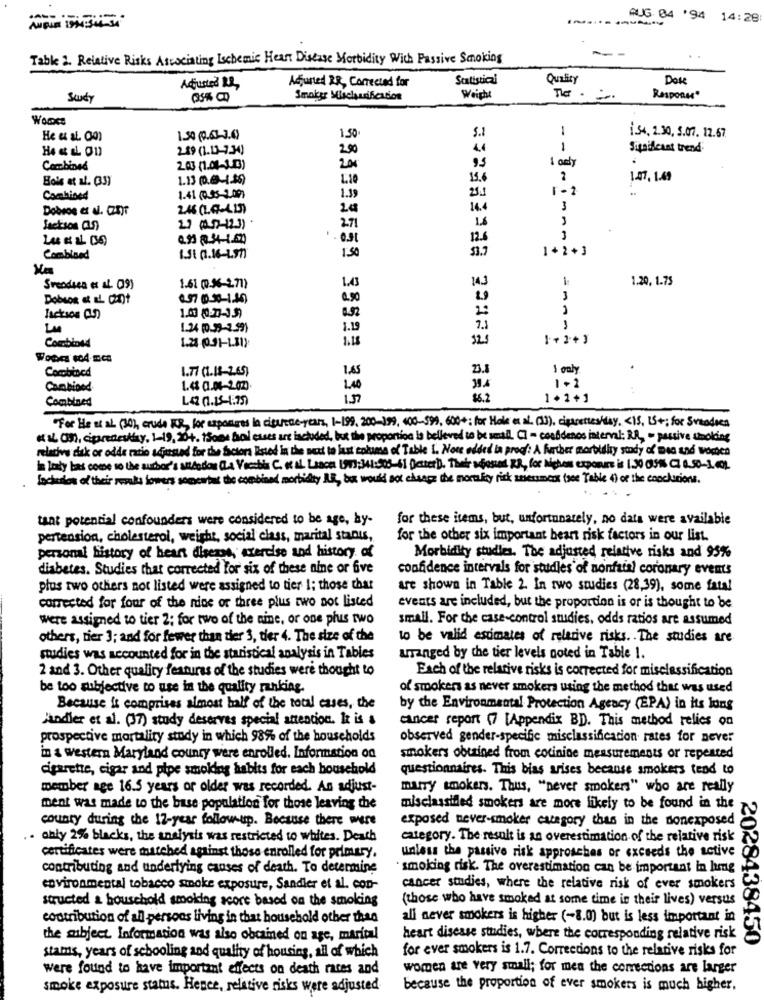
AUG 04 '94 14:28
Table 2. Relative Risks Associating Ischemic Heart Disease Morbidity With Passive Smoking
Adjuned RR, Corrected for
Statistical
Quality
Dos
Adjusted RR,
Sudy
Weight
Response"
WOODCE
1.50 (0.63-3.4)
1.50
5.1
1.54. 2.30, 5.07. 12.67.
2.49 (1.13-7.34)
290
4.4
--
Significant trend
Combined
2.03 (1.04-1.13)
201
93
Bois at al. (33)
1.13 (0.6-1.30)
1.10
15.6
1.47. 1.49
Combined
1.41 (0.35-2.09)
1.39
25.1
Dobroe et al. Cztyr
2a
14.4
3
Jackson (s)
271
0.93 .34-1.50
. . . st
12.6
3
1.50
53.7
1+2+3
Comblood
1.51 0.16-L97)
1
143
1.20, 1.75
Sreddica et al. 09)
1.61 (0.96-271)
1.43
Dobson at EL Cant
0.97 00 30-1.40)
0.90
3
2:
1
Lu
1.24 (0.59-2.59)
1.19
7.3
Combined
1.18
325
1.24 (0.31-L.31)
Combined
1.77 (1.12-2.65)
1.45
23.8
1 only
Cambioed
1.4 01.04-202)
140
38.A
1+2
Combined
LA2 01.15-4.75
15
$6.2
1+1+1
For He at al (30), crude KUR, for asparges in ciertae-years, 1-199, 200-199, 400-599, 600+; for Hole et al. (1), cigarettes/day. < IS, IS+; for Svendsen
« IL an, ciprestesday, 1-19, 204. 1Some bal esses are included, but the proportion Is believed to be small. CI - cooddenos interval: RR, - passive timoking
relative disk or odds ratio adjusted for the factors listed In the next to lust eokuma of Table 1. Note added la proof: A further morbidly study of men and Wochen
in loty bas come so the author's andodos CLA Verbis C. o AL Lsson 1973:341:505-61 peter). Thai whosed. R.R ., for liches exposure is 1.20 051 0 0.0-1).
Ladudos of their reaks lowers secocubus the combined morbidity ALE, bu would not change the mortality rick anesmess (see Table 4) or the conclusions.
tant potential confounders were considered to be age, hy-
for these items, but, unfortunately, no data were available
pertension, cholesterol, weight, social class, marital stanis,
for the other six important beart risk factors in our list.
personal history of heart disease, exercise and history of
Morbidity studies. The adjusted relative risks and 95%
diabetes. Studies that corrected for six of these nine or five
confidence intervals for studies of nonfaial coronary events
plus two others not listed were assigned to tier 1; those that
are shown in Table 2. In two studies (28,39), some fatal
corrected for four of the nine or three plus two not listed
events are included, but the proportion is or is thought to be
were assigned to tier 2; for two of the nine, or one phis two
small. For the case-control studies, odds ratios are assumed
others, tier ); and for fewer than tier 3, ther 4. The size of the
to be valid estimates of relative risks. . The studies are
studies was accounted for in the statistical analysis in Tables
arranged by the tier levels noted in Table 1.
2 and 3. Other quality features of the studies were thought to
Each of the relative risks is corrected for misclassification
be too subjective to use in the quality ranking.
of smokers as never smokers using the method that was used
Because is comprises almost half of the total cases, the
by the Environmental Protection Agency (EPA) in its long
jandier et al. (37) study deserves special attention. It is &
cancer report (7 [Appendix BD. This method relies on
prospective mortality study in which 98% of the households
observed gender-specific misclassification rates for never
in & western Maryland county were enrolled. Information on
smokers obtained from cotinine measurements or repeated
cigarette, cigar and pipe smoking habits for each household
questionnaires. This bias arises because smokers tend to
member age 16.5 years or older was recorded. An adjust-
marry smokers. Thus, "never smokers" who are really
ment was made to the base population for those leaving the
misclassified smokers are more likely to be found in the
county during the 12-year follow-up. Because there were
exposed never-smoker category thas in the donexposed
. . ably 2% blacks, the analysis was restricted to whites. Death
category. The result is an overestimation of the relative risk
certificates were matched against those enrolled for primary.
unless the passive risk approaches or exceeds the active
contributing and underlying causes of death. To determine
smoking risk. The overestimation can be important in hong
environmental tobacco smoke exposure, Sandler et al. con-
cancer studies, where the relative risk of ever smokers
structed a household smoking score based on the smoking
(those who have smoked at some time is their lives) versus
contribution of all persons living in that household other than
all never smokers is higher (-8.0) but is less important in
the subject Information was also obtained on age, marital
heart disease studies, where the corresponding relative risk
2028438450
for ever smokers is 1.7. Corrections to the relative risks for
stams, years of schooling and quality of housing, all of which
were found to have important effects on death races and
women are very small; for men the corrections are larger
smoke exposure status. Hence, relative risks were adjusted
because the proportion of ever smokers is much higher.